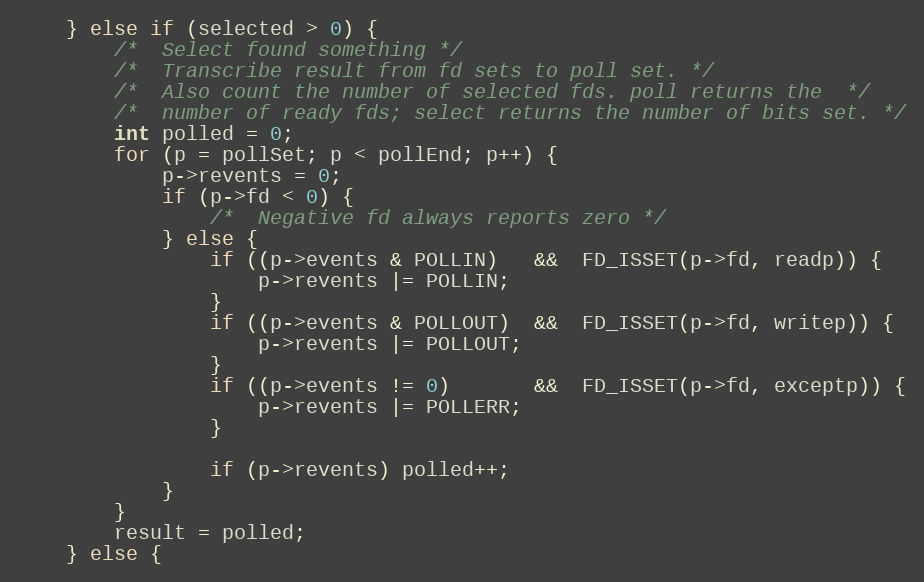
Language: C
    } else if (selected > 0) {
        /*  Select found something */
        /*  Transcribe result from fd sets to poll set. */
        /*  Also count the number of selected fds. poll returns the  */
        /*  number of ready fds; select returns the number of bits set. */
        int polled = 0;
        for (p = pollSet; p < pollEnd; p++) {
            p->revents = 0;
            if (p->fd < 0) {
                /*  Negative fd always reports zero */
            } else {
                if ((p->events & POLLIN)   &&  FD_ISSET(p->fd, readp)) {
                    p->revents |= POLLIN;
                }
                if ((p->events & POLLOUT)  &&  FD_ISSET(p->fd, writep)) {
                    p->revents |= POLLOUT;
                }
                if ((p->events != 0)       &&  FD_ISSET(p->fd, exceptp)) {
                    p->revents |= POLLERR;
                }

                if (p->revents) polled++;
            }
        }
        result = polled;
    } else {